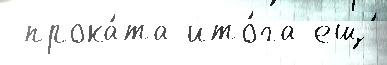
 прока́та ито́га ещ́